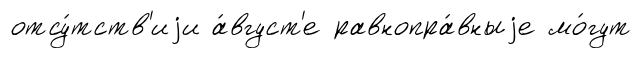
отсу́тств'иjи а́вгуст'е равнопра́вныjе мо́гут